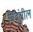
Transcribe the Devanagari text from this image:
बिंदूंतील